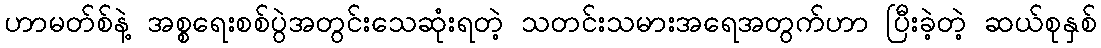
ဟာမတ်စ်နဲ့ အစ္စရေးစစ်ပွဲအတွင်းသေဆုံးရတဲ့ သတင်းသမားအရေအတွက်ဟာ ပြီးခဲ့တဲ့ ဆယ်စုနှစ်